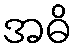
အဓိ